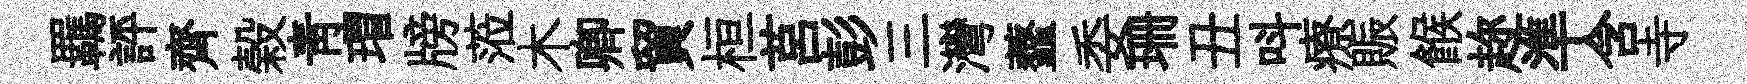
羈評齊榖靑瑁牓蒞木卿貿桓莒彭三灣虀委珊丑呌療賑餱趂準含寺